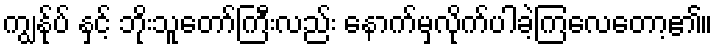
ကျွန်ုပ် နှင့် ဘိုးသူတော်ကြီးလည်း နောက်မှလိုက်ပါခဲ့ကြလေတော့၏။